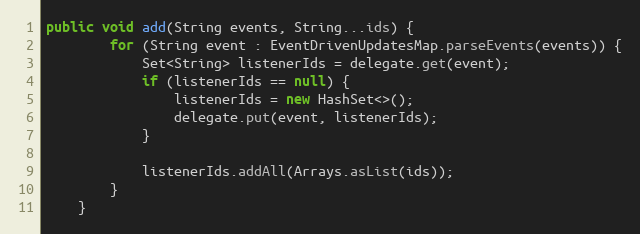
Language: Java
public void add(String events, String...ids) {
        for (String event : EventDrivenUpdatesMap.parseEvents(events)) {
            Set<String> listenerIds = delegate.get(event);
            if (listenerIds == null) {
                listenerIds = new HashSet<>();
                delegate.put(event, listenerIds);
            }

            listenerIds.addAll(Arrays.asList(ids));
        }
    }